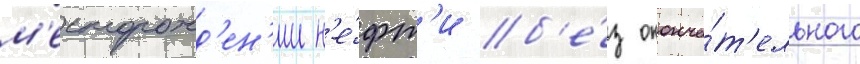
м'есторожд'ен'ии н'е́фт'и б'е́з оконча́т'ельного